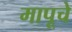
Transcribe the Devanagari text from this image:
मापूचे